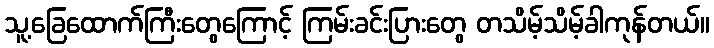
သူ့ခြေထောက်ကြီးတွေကြောင့် ကြမ်းခင်းပြားတွေ တသိမ့်သိမ့်ခါကုန်တယ်။